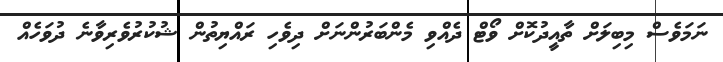
ނަމަވެސް މިބިލަށް ތާއީދުކޮށް ވޯޓް ދެއްވި މެންބަރުންނަށް ދިވެހި ރައްޔިތުން ޝުކުރުވެރިވާނެ ދުވަހެއް